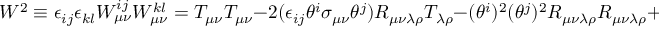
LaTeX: W ^ { 2 } \equiv \epsilon _ { i j } \epsilon _ { k l } W _ { \mu \nu } ^ { i j } W _ { \mu \nu } ^ { k l } = T _ { \mu \nu } T _ { \mu \nu } - 2 ( \epsilon _ { i j } \theta ^ { i } \sigma _ { \mu \nu } \theta ^ { j } ) R _ { \mu \nu \lambda \rho } T _ { \lambda \rho } - ( \theta ^ { i } ) ^ { 2 } ( \theta ^ { j } ) ^ { 2 } R _ { \mu \nu \lambda \rho } R _ { \mu \nu \lambda \rho } + \dots